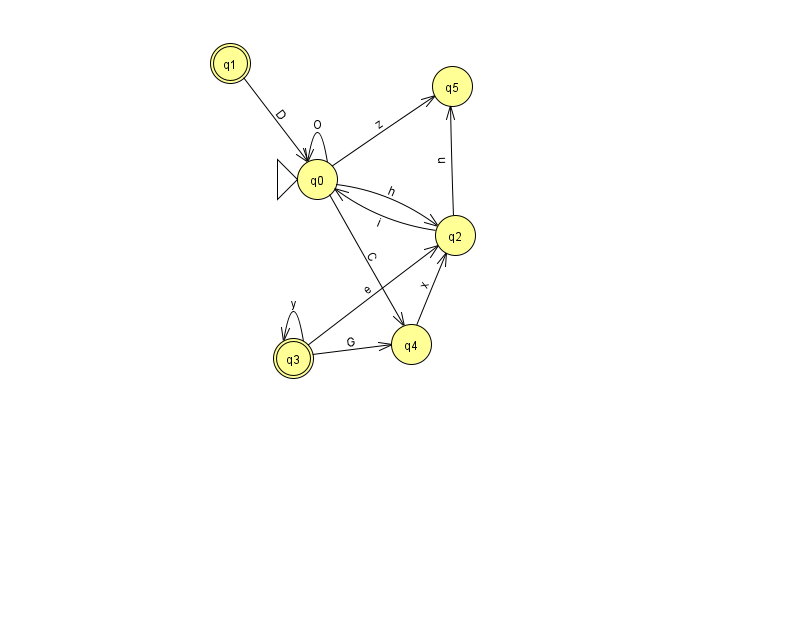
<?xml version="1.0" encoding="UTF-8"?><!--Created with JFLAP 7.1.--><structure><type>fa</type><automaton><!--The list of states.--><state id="0" name="q0"><x>317.0</x><y>166.0</y><initial/></state><state id="1" name="q1"><x>230.0</x><y>50.0</y><final/></state><state id="2" name="q2"><x>455.0</x><y>222.0</y></state><state id="3" name="q3"><x>293.0</x><y>345.0</y><final/></state><state id="4" name="q4"><x>411.0</x><y>331.0</y></state><state id="5" name="q5"><x>452.0</x><y>73.0</y></state><!--The list of transitions.--><transition><from>2</from><to>5</to><read>u</read></transition><transition><from>3</from><to>4</to><read>G</read></transition><transition><from>0</from><to>4</to><read>C</read></transition><transition><from>3</from><to>2</to><read>e</read></transition><transition><from>3</from><to>3</to><read>y</read></transition><transition><from>1</from><to>0</to><read>D</read></transition><transition><from>4</from><to>2</to><read>x</read></transition><transition><from>2</from><to>0</to><read>i</read></transition><transition><from>0</from><to>2</to><read>h</read></transition><transition><from>0</from><to>5</to><read>z</read></transition><transition><from>0</from><to>0</to><read>O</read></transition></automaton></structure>